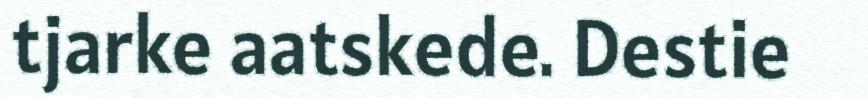
tjarke aatskede. Destie